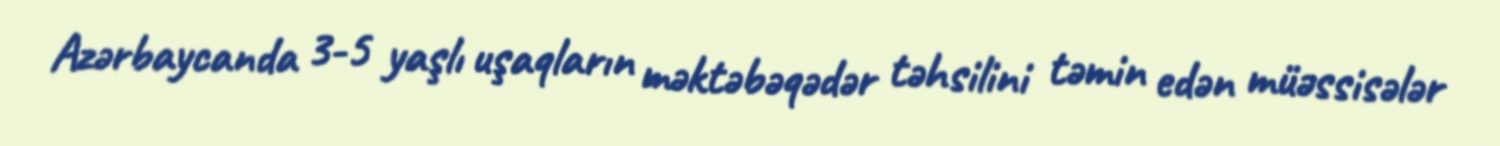
Azərbaycanda 3-5 yaşlı uşaqların məktəbəqədər təhsilini təmin edən müəssisələr